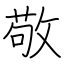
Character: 敬